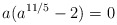
\begin{align*}a(a^{11/5}-2)=0 \;\end{align*}